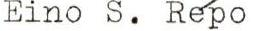
Eino S. Repo